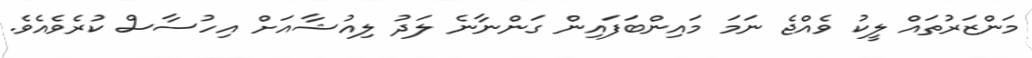
މަންޒަރުތައް ލީކު ވެއްޖެ ނަމަ މައިންބަފައިން ގަންނާނެ ލަދު ލިއުޝާއަށް އިހުސާސް ކުރެވެއެވެ.